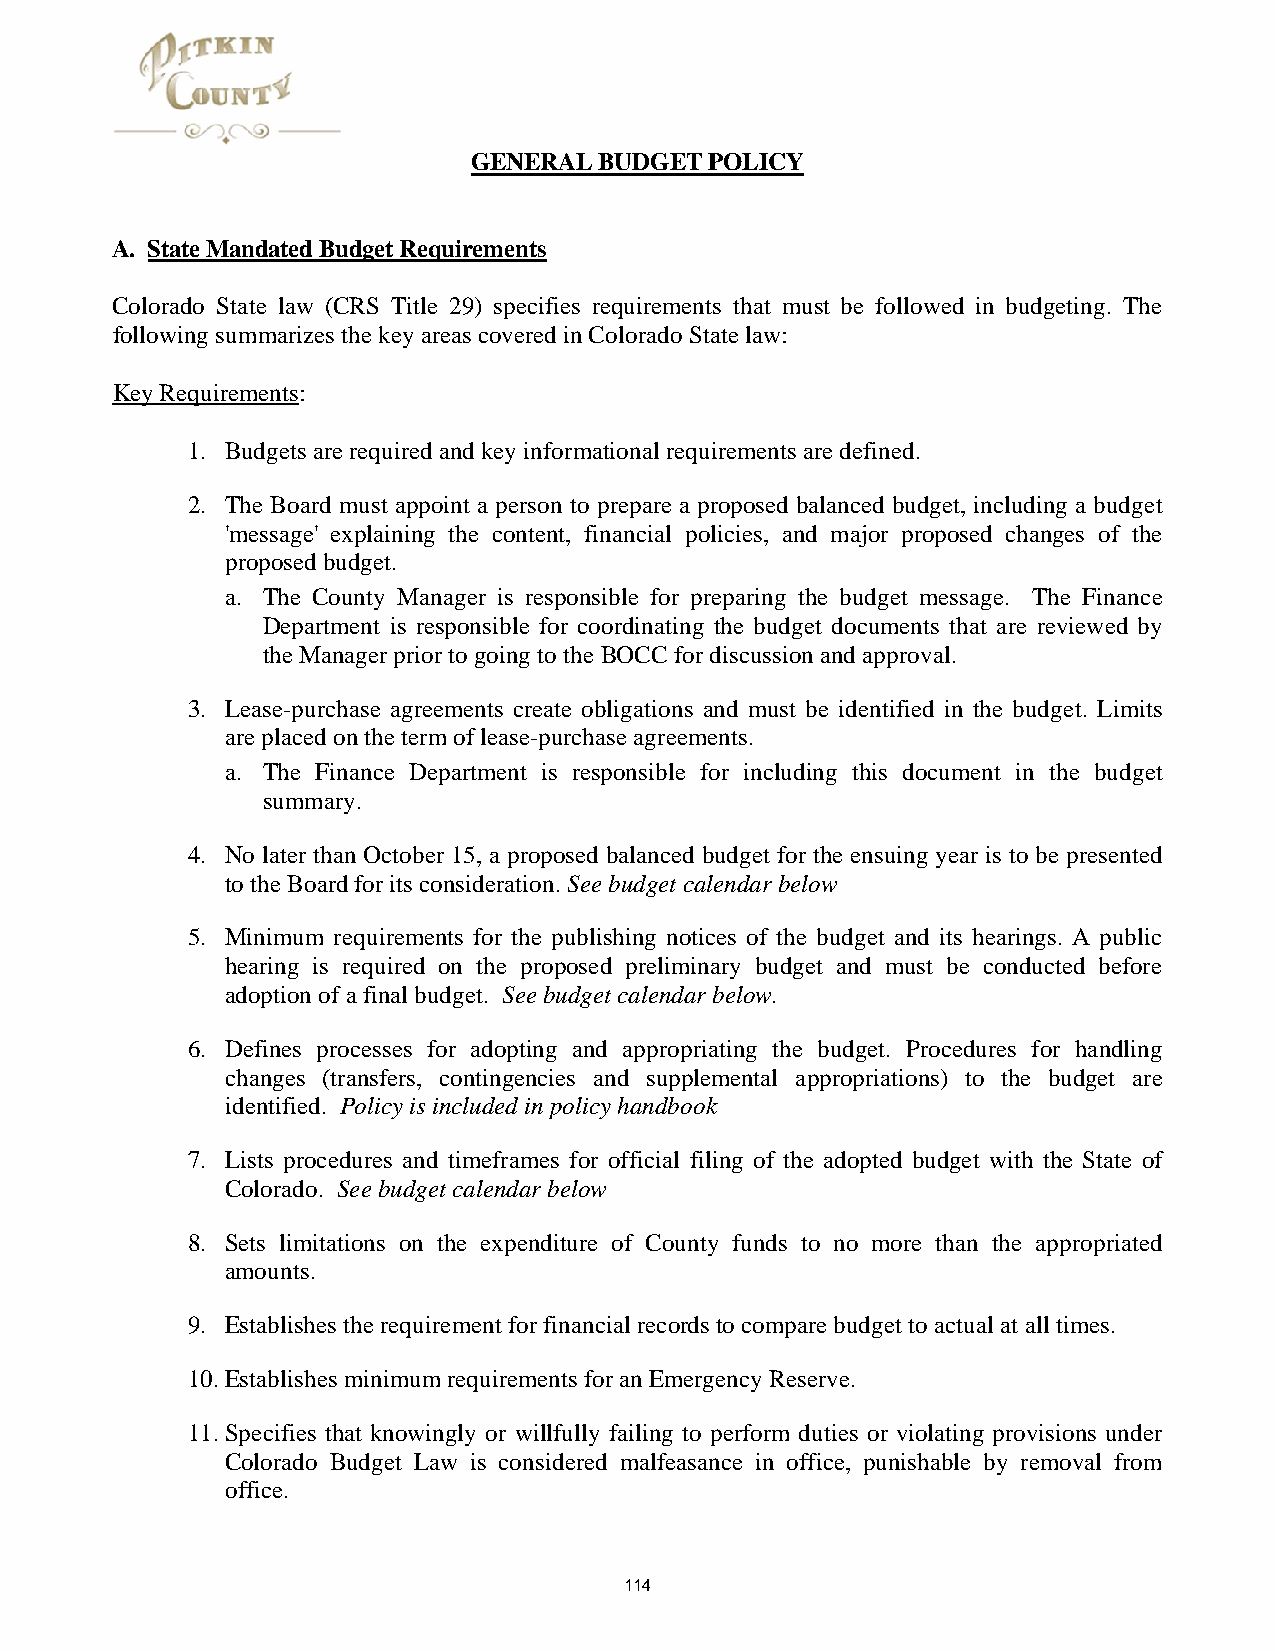
GENERAL  BUDGET POLICY
 A. State Mandated Budget Requirements
 Colorado State law (CRS Title 29) specifies requirements that must be followed in budgeting. The
 following summarizes the key areas covered in Colorado State law:
 Key Requirements:
 1. Budgets are required and key informational requirements are defined.
 2. The Board must appoint a person to prepare a proposed balanced budget, including a budget
 'message' explaining the content, financial policies, and major proposed changes of the
 proposed budget.
 a. The County Manager is responsible for preparing the budget message. The Finance
 Department is responsible for coordinating the budget documents that are reviewed by
 the Manager prior to going to the BOCC for discussion and approval.
 3. Lease-purchase agreements create obligations and must be identified in the budget. Limits
 are placed on the term of lease-purchase agreements.
 a. The Finance Department is responsible for including this document in the budget
 summary.
 4. No later than October 15, a proposed balanced budget for the ensuing year is to be presented
 to the Board for its consideration. See budget calendar below
 5. Minimum requirements for the publishing notices of the budget and its hearings. A public
 hearing is required on the proposed preliminary budget and must be conducted before
 adoption of a final budget. See budget calendar below.
 6. Defines processes for adopting and appropriating the budget. Procedures for handling
 changes (transfers, contingencies and supplemental appropriations) to the budget are
 identified. Policy is included in policy handbook
 7. Lists procedures and timeframes for official filing of the adopted budget with the State of
 Colorado. See budget calendar below
 8. Sets limitations on the expenditure of County funds to no more than the appropriated
 amounts.
 9. Establishes the requirement for financial records to compare budget to actual at all times.
 10. Establishes minimum requirements for an Emergency Reserve.
 11. Specifies that knowingly or willfully failing to perform duties or violating provisions under
 Colorado Budget Law is considered malfeasance in office, punishable by removal from
 office.
 114